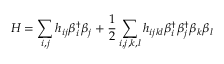
H = \sum _ { i , j } h _ { i j } \beta _ { i } ^ { \dagger } \beta _ { j } + \frac { 1 } { 2 } \sum _ { i , j , k , l } h _ { i j k l } \beta _ { i } ^ { \dagger } \beta _ { j } ^ { \dagger } \beta _ { k } \beta _ { l }